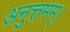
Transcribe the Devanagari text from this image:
अनुत्तमम्‌।